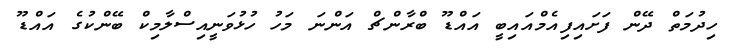
ހިދުމަތް ދޭން ފަށައިފިއެމްއައިބީ އައްޑޫ ބްރާންޗް އަންނަ މަހު ހުޅުވަނީއިސްލާމިކް ބޭންކުގެ އައްޑޫ